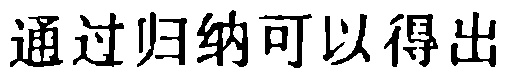
通过归纳可以得出